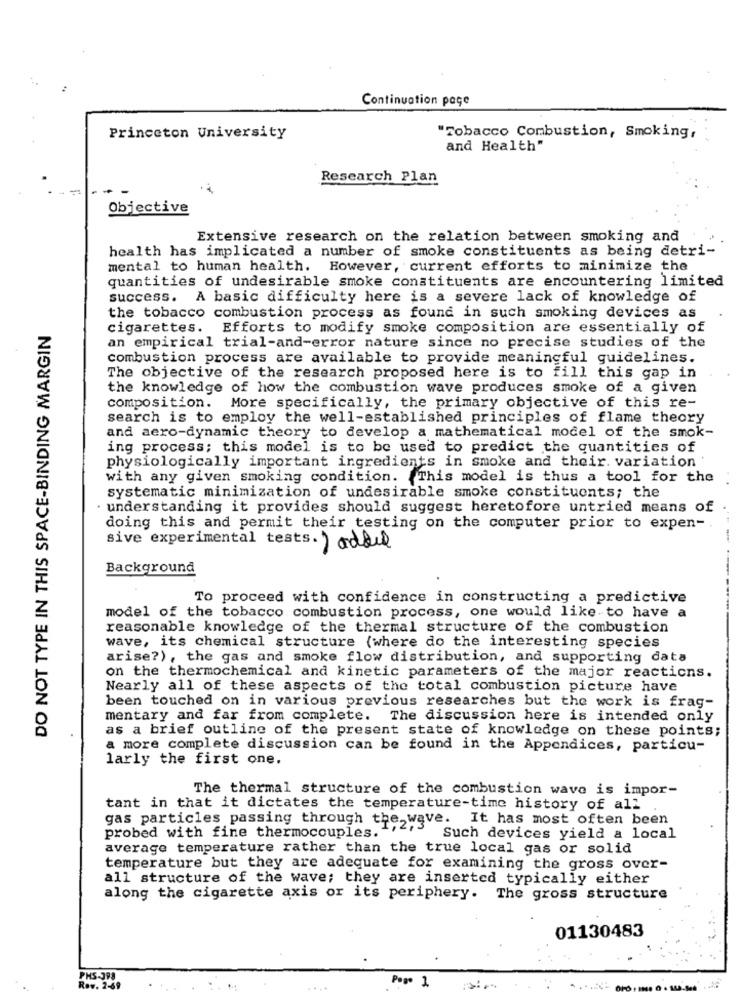
Continuation page
Princeton University
"Tobacco Combustion, Smoking,
and Health"
Research Plan
-
Objective
Extensive research on the relation between smoking and
health has implicated a number of smoke constituents as being detri-
mental to human health. However, current efforts to minimize the
quantities of undesirable smoke constituents are encountering limited
success. A basic difficulty here is a severe lack of knowledge of
the tobacco combustion process as found in such smoking devices as
DO NOT TYPE IN THIS SPACE-BINDING MARGIN
cigarettes. Efforts to modify smoke composition are essentially of
an empirical trial-and-error nature since no precise studies of the
combustion process are available to provide meaningful guidelines.
The objective of the research proposed here is to fill this gap in
the knowledge of how the combustion wave produces smoke of a given
composition. More specifically, the primary objective of this re-
search is to employ the well-established principles of flame theory
and aero-dynamic theory to develop a mathematical model of the smok-
ing process; this model is to be used to predict the quantities of
physiologically important ingredients in smoke and their. variation
with any given smoking condition. This model is thus a tool for the
systematic minimization of undesirable smoke constituents; the
· understanding it provides should suggest heretofore untried means of
doing this and permit their testing on the computer prior to expen-
sive experimental tests. ) added
Background
To proceed with confidence in constructing a predictive
model of the tobacco combustion process, one would like to have a
reasonable knowledge of the thermal structure of the combustion
wave, its chemical structure (where do the interesting species
arise?), the gas and smoke flow distribution, and supporting data
on the thermochemical and kinetic parameters of the major reactions.
Nearly all of these aspects of the total combustion picture have
been touched on in various previous researches but the work is frag-
mentary and far from complete. The discussion here is intended only
as a brief outline of the present state of knowledge on these points;
a more complete discussion can be found in the Appendices, particu-
larly the first one.
The thermal structure of the combustion wave is impor-
tant in that it dictates the temperature-time history of all
gas particles passing through the wave. It has most often been
probed with fine thermocouples."
1,2,3 Such devices yield a local
average temperature rather than the true local gas or solid
temperature but they are adequate for examining the gross over-
all structure of the wave; they are inserted typically either
along the cigarette axis or its periphery. The gross structure
01130483
PHS-398
Rov. 2-69
Pop. 1